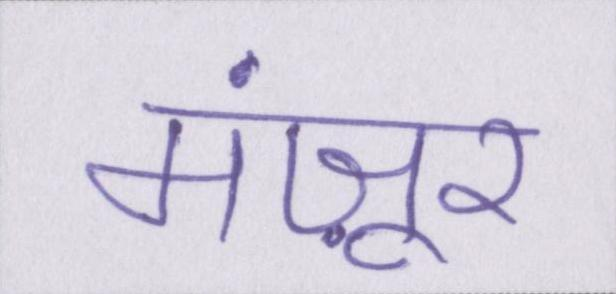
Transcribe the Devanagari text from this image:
मंज़ूर